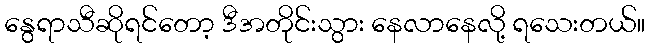
နွေရာသီဆိုရင်တော့ ဒီအတိုင်းသွား နေလာနေလို့ ရသေးတယ်။